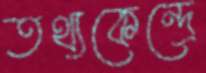
তথ্যকেন্দ্রে